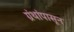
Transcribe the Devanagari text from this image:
ग्रंथांपासून